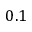
0 . 1